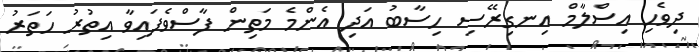
ދިވެހި އިސްލާމް އިނގިރޭސި ހިސާބު އަދި އެންމެ މަތިން ފާސްވެފައިވާ އިތުރު ހަތަރު